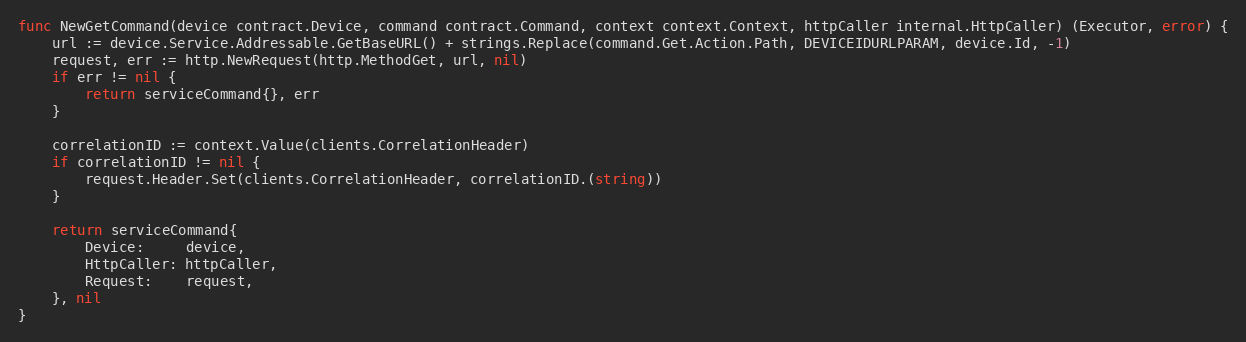
Language: Go
func NewGetCommand(device contract.Device, command contract.Command, context context.Context, httpCaller internal.HttpCaller) (Executor, error) {
	url := device.Service.Addressable.GetBaseURL() + strings.Replace(command.Get.Action.Path, DEVICEIDURLPARAM, device.Id, -1)
	request, err := http.NewRequest(http.MethodGet, url, nil)
	if err != nil {
		return serviceCommand{}, err
	}

	correlationID := context.Value(clients.CorrelationHeader)
	if correlationID != nil {
		request.Header.Set(clients.CorrelationHeader, correlationID.(string))
	}

	return serviceCommand{
		Device:     device,
		HttpCaller: httpCaller,
		Request:    request,
	}, nil
}